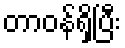
တာဝန်ရှိပြီး